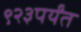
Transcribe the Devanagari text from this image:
९२३पर्यंत